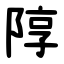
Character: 䧐